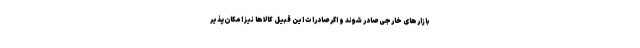
بازارهای خارجی صادر شوند و اگر صادرات این قبیل کالاها نیز امکان‌پذیر